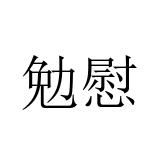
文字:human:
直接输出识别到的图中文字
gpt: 勉慰